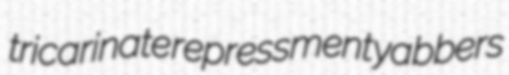
tricarinate repressment yabbers